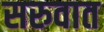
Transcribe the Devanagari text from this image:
सरुवात